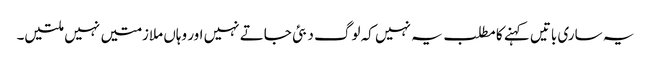
یہ ساری باتیں کہنے کا مطلب یہ نہیں کہ لوگ دبئی جاتے نہیں اور وہاں ملازمتیں نہیں ملتیں۔